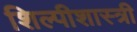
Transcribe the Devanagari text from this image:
शिल्पीशास्त्री